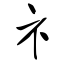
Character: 礻